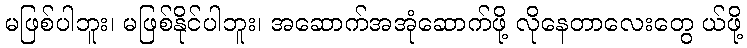
မဖြစ်ပါဘူး၊ မဖြစ်နိုင်ပါဘူး၊ အဆောက်အအုံဆောက်ဖို့ လိုနေတာလေးတွေ ယ်ဖို့